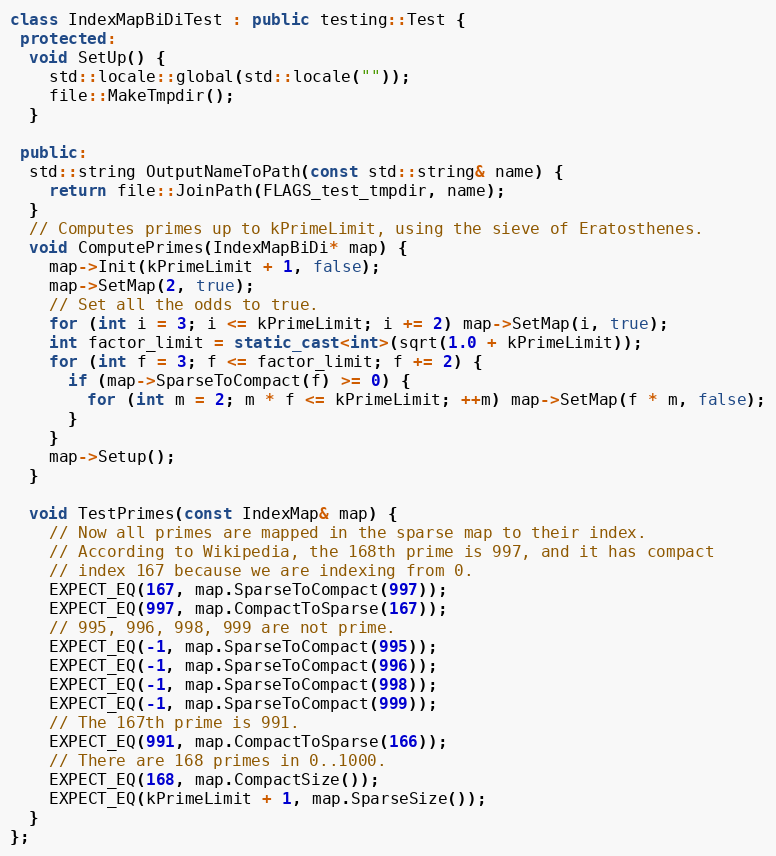
Language: C++
class IndexMapBiDiTest : public testing::Test {
 protected:
  void SetUp() {
    std::locale::global(std::locale(""));
    file::MakeTmpdir();
  }

 public:
  std::string OutputNameToPath(const std::string& name) {
    return file::JoinPath(FLAGS_test_tmpdir, name);
  }
  // Computes primes up to kPrimeLimit, using the sieve of Eratosthenes.
  void ComputePrimes(IndexMapBiDi* map) {
    map->Init(kPrimeLimit + 1, false);
    map->SetMap(2, true);
    // Set all the odds to true.
    for (int i = 3; i <= kPrimeLimit; i += 2) map->SetMap(i, true);
    int factor_limit = static_cast<int>(sqrt(1.0 + kPrimeLimit));
    for (int f = 3; f <= factor_limit; f += 2) {
      if (map->SparseToCompact(f) >= 0) {
        for (int m = 2; m * f <= kPrimeLimit; ++m) map->SetMap(f * m, false);
      }
    }
    map->Setup();
  }

  void TestPrimes(const IndexMap& map) {
    // Now all primes are mapped in the sparse map to their index.
    // According to Wikipedia, the 168th prime is 997, and it has compact
    // index 167 because we are indexing from 0.
    EXPECT_EQ(167, map.SparseToCompact(997));
    EXPECT_EQ(997, map.CompactToSparse(167));
    // 995, 996, 998, 999 are not prime.
    EXPECT_EQ(-1, map.SparseToCompact(995));
    EXPECT_EQ(-1, map.SparseToCompact(996));
    EXPECT_EQ(-1, map.SparseToCompact(998));
    EXPECT_EQ(-1, map.SparseToCompact(999));
    // The 167th prime is 991.
    EXPECT_EQ(991, map.CompactToSparse(166));
    // There are 168 primes in 0..1000.
    EXPECT_EQ(168, map.CompactSize());
    EXPECT_EQ(kPrimeLimit + 1, map.SparseSize());
  }
};